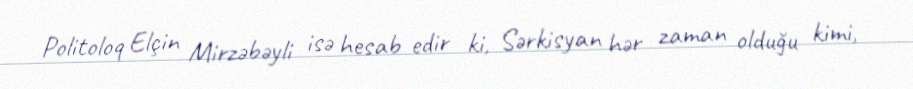
Politoloq Elçin Mirzəbəyli isə hesab edir ki, Sərkisyan hər zaman olduğu kimi,